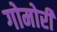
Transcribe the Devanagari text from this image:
गोमोरी